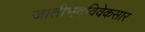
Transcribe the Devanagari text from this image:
जातीभेदविवेकसार